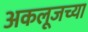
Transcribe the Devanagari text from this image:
अकलूजच्या